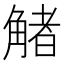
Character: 觰